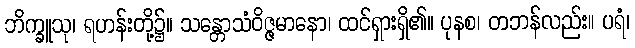
ဘိက္ခူသု၊ ရဟန်းတို့၌။ သန္တောသံဝိဇ္ဇမာနော၊ ထင်ရှားရှိ၏။ ပုနစ၊ တဘန်လည်း။ ပရံ၊